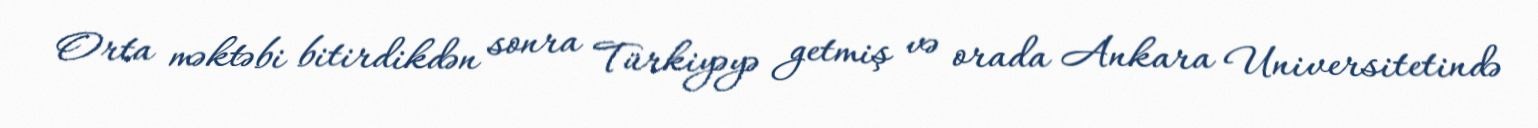
Orta məktəbi bitirdikdən sonra Türkiyəyə getmiş və orada Ankara Universitetində